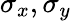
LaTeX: \sigma_{x},\sigma_{y}